Civil Veterinary Dept. Bombay admin report 1893-99 - 1893-1899
Year: 1893
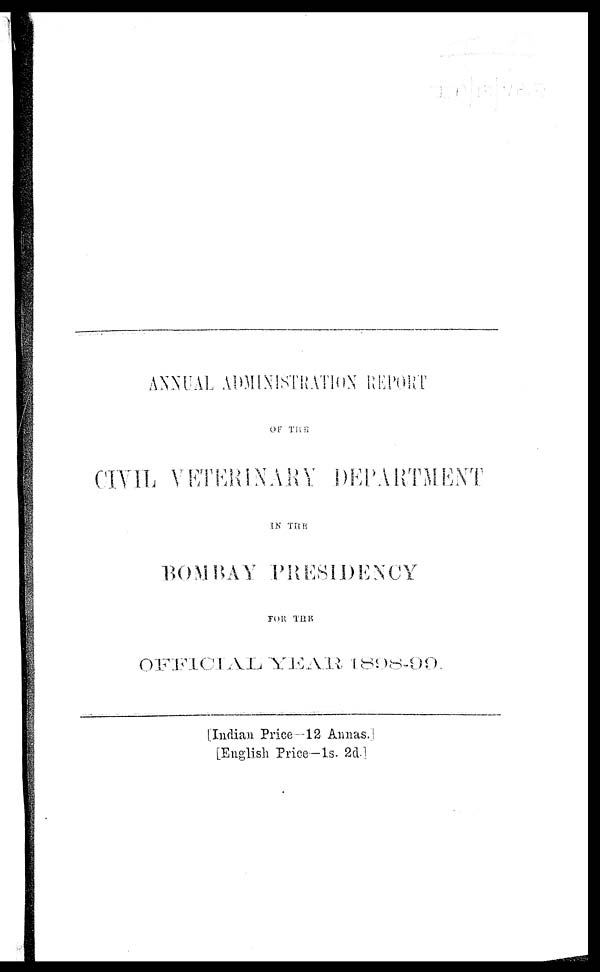
ANNUAL ADMINISTRATION REPORT
OF THE
CIVIL VETERINARY DEPARTMENT
IN THE
BOMBAY PRESIDENCY
FOR THE
OFFICIAL YEAR 1898-99.
[Indian Price—12 Annas.]
[English Price—1s. 2d.]